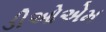
ડીઓએમ